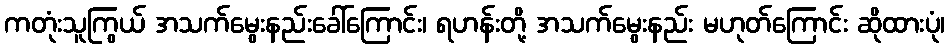
ကတုံးသူကြွယ် အသက်မွေးနည်းခေါ်ကြောင်း၊ ရဟန်းတို့ အသက်မွေးနည်း မဟုတ်ကြောင်း ဆိုထားပုံ၊